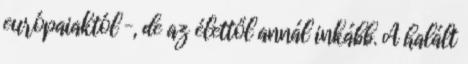
európaiaktól –, de az élettől annál inkább. A halált